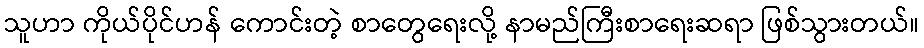
သူဟာ ကိုယ်ပိုင်ဟန် ကောင်းတဲ့ စာတွေရေးလို့ နာမည်ကြီးစာရေးဆရာ ဖြစ်သွားတယ်။